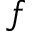
f